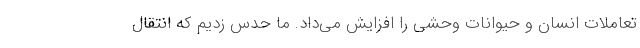
تعاملات انسان و حیوانات وحشی را افزایش می‌داد. ما حدس زدیم که انتقال